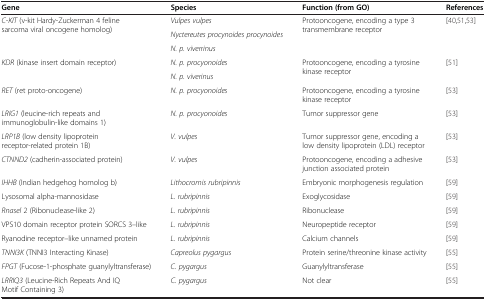
<table><thead><tr><td><b>Gene</b></td><td><b>Species</b></td><td><b>Function (from GO)</b></td><td><b>References</b></td></tr></thead><tbody><tr><td rowspan="3"><i>C-KIT</i> (v-kit Hardy-Zuckerman 4 feline sarcoma viral oncogene homolog)</td><td><i>Vulpes vulpes</i></td><td rowspan="3">Protooncogene, encoding a type 3 transmembrane receptor</td><td rowspan="3">[40,51,53]</td></tr><tr><td><i>Nyctereutes procynoides procynoides</i></td></tr><tr><td><i>N. p. viverrinus</i></td></tr><tr><td rowspan="2"><i>KDR</i> (kinase insert domain receptor)</td><td><i>N. p. procyonoides</i></td><td rowspan="2">Protooncogene, encoding a tyrosine kinase receptor</td><td rowspan="2">[51]</td></tr><tr><td><i>N. p. viverinus</i></td></tr><tr><td><i>RET</i> (ret proto-oncogene)</td><td><i>N. p. procyonoides</i></td><td>Protooncogene, encoding a tyrosine kinase receptor</td><td>[53]</td></tr><tr><td><i>LRIG1</i> (leucine-rich repeats and immunoglobulin-like domains 1)</td><td><i>N. p. procyonoides</i></td><td>Tumor suppressor gene</td><td>[53]</td></tr><tr><td><i>LRP1B</i> (low density lipoprotein receptor-related protein 1B)</td><td><i>V. vulpes</i></td><td>Tumor suppressor gene, encoding a low density lipoprotein (LDL) receptor</td><td>[53]</td></tr><tr><td><i>CTNND2</i> (cadherin-associated protein)</td><td><i>V. vulpes</i></td><td>Protooncogene, encoding a adhesive junction associated protein</td><td>[53]</td></tr><tr><td><i>IHHB</i> (Indian hedgehog homolog b)</td><td><i>Lithocromis rubripinnis</i></td><td>Embryonic morphogenesis regulation</td><td>[59]</td></tr><tr><td>Lysosomal alpha-mannosidase</td><td><i>L. rubripinnis</i></td><td>Exoglycosidase</td><td>[59]</td></tr><tr><td><i>Rnasel</i> 2 (Ribonuclease-like 2)</td><td><i>L. rubripinnis</i></td><td>Ribonuclease</td><td>[59]</td></tr><tr><td>VPS10 domain receptor protein SORCS 3–like</td><td><i>L. rubripinnis</i></td><td>Neuropeptide receptor</td><td>[59]</td></tr><tr><td>Ryanodine receptor–like unnamed protein</td><td><i>L. rubripinnis</i></td><td>Calcium channels</td><td>[59]</td></tr><tr><td><i>TNNI3K</i> (TNNI3 Interacting Kinase)</td><td><i>Capreolus pygargus</i></td><td>Protein serine/threonine kinase activity</td><td>[55]</td></tr><tr><td><i>FPGT</i> (Fucose-1-phosphate guanylyltransferase)</td><td><i>C. pygargus</i></td><td>Guanylyltransferase</td><td>[55]</td></tr><tr><td><i>LRRIQ3</i> (Leucine-Rich Repeats And IQ Motif Containing 3)</td><td><i>C. pygargus</i></td><td>Not clear</td><td>[55]</td></tr></tbody></table>